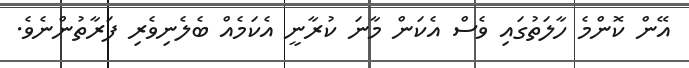
އޭން ކޮންމެ ހާލަތުގައި ވެސް އެކަން މާނަ ކުރާނީ އެކަމެއް ބެލެނިވެރި ފަރާތުންނެވެ.